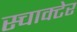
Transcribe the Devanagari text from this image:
स्चाक्टेर